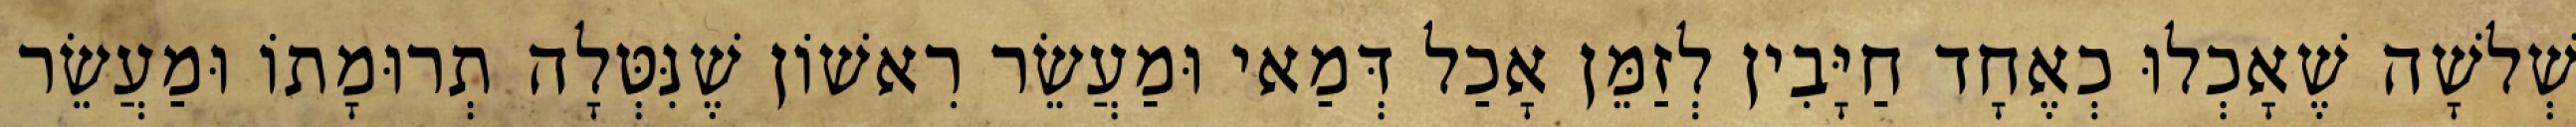
שְׁלשָׁה שֶׁאָכְלוּ כְאֶחָד חַיָּבִין לְזַמֵּן אָכַל דְּמַאי וּמַעֲשֵׂר רִאשׁוֹן שֶׁנִּטְּלָה תְרוּמָתוֹ וּמַעֲשֵׂר